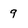
Character: 9